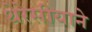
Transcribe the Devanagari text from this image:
थेरेसीयाने